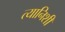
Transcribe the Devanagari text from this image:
त्यानिशी